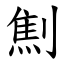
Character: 劁